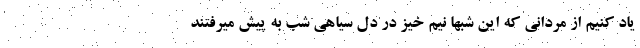
یاد کنیم از مردانی که این شبها نیم خیز در دل سیاهی شب به پیش میرفتند